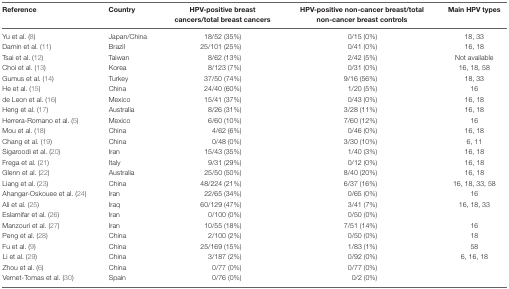
<table><thead><tr><td><b>Reference</b></td><td><b>Country</b></td><td><b>HPV-positive breast cancers/total breast cancers</b></td><td><b>HPV-positive non-cancer breast/total non-cancer breast controls</b></td><td><b>Main HPV types</b></td></tr></thead><tbody><tr><td>Yu et al. (8)</td><td>Japan/China</td><td>18/52 (35%)</td><td>0/15 (0%)</td><td>18, 33</td></tr><tr><td>Damin et al. (11)</td><td>Brazil</td><td>25/101 (25%)</td><td>0/41 (0%)</td><td>16, 18</td></tr><tr><td>Tsai et al. (12)</td><td>Taiwan</td><td>8/62 (13%)</td><td>2/42 (5%)</td><td>Not available</td></tr><tr><td>Choi et al. (13)</td><td>Korea</td><td>8/123 (7%)</td><td>0/31 (0%)</td><td>16, 18, 58</td></tr><tr><td>Gumus et al. (14)</td><td>Turkey</td><td>37/50 (74%)</td><td>9/16 (56%)</td><td>18, 33</td></tr><tr><td>He et al. (15)</td><td>China</td><td>24/40 (60%)</td><td>1/20 (5%)</td><td>16</td></tr><tr><td>de Leon et al. (16)</td><td>Mexico</td><td>15/41 (37%)</td><td>0/43 (0%)</td><td>16, 18</td></tr><tr><td>Heng et al. (17)</td><td>Australia</td><td>8/26 (31%)</td><td>3/28 (11%)</td><td>16, 18</td></tr><tr><td>Herrera-Romano et al. (5)</td><td>Mexico</td><td>6/60 (10%)</td><td>7/60 (12%)</td><td>16</td></tr><tr><td>Mou et al. (18)</td><td>China</td><td>4/62 (6%)</td><td>0/46 (0%)</td><td>16, 18</td></tr><tr><td>Chang et al. (19)</td><td>China</td><td>0/48 (0%)</td><td>3/30 (10%)</td><td>6, 11</td></tr><tr><td>Sigaroodi et al. (20)</td><td>Iran</td><td>15/43 (35%)</td><td>1/40 (3%)</td><td>16, 18</td></tr><tr><td>Frega et al. (21)</td><td>Italy</td><td>9/31 (29%)</td><td>0/12 (0%)</td><td>16, 18</td></tr><tr><td>Glenn et al. (22)</td><td>Australia</td><td>25/50 (50%)</td><td>8/40 (20%)</td><td>16, 18</td></tr><tr><td>Liang et al. (23)</td><td>China</td><td>48/224 (21%)</td><td>6/37 (16%)</td><td>16, 18, 33, 58</td></tr><tr><td>Ahangar-Oskouee et al. (24)</td><td>Iran</td><td>22/65 (34%)</td><td>0/65 (0%)</td><td>16</td></tr><tr><td>Ali et al. (25)</td><td>Iraq</td><td>60/129 (47%)</td><td>3/41 (7%)</td><td>16, 18, 33</td></tr><tr><td>Eslamifar et al. (26)</td><td>Iran</td><td>0/100 (0%)</td><td>0/50 (0%)</td><td></td></tr><tr><td>Manzouri et al. (27)</td><td>Iran</td><td>10/55 (18%)</td><td>7/51 (14%)</td><td>16</td></tr><tr><td>Peng et al. (28)</td><td>China</td><td>2/100 (2%)</td><td>0/50 (0%)</td><td>18</td></tr><tr><td>Fu et al. (9)</td><td>China</td><td>25/169 (15%)</td><td>1/83 (1%)</td><td>58</td></tr><tr><td>Li et al. (29)</td><td>China</td><td>3/187 (2%)</td><td>0/92 (0%)</td><td>6, 16, 18</td></tr><tr><td>Zhou et al. (6)</td><td>China</td><td>0/77 (0%)</td><td>0/77 (0%)</td><td></td></tr><tr><td>Vernet-Tomas et al. (30)</td><td>Spain</td><td>0/76 (0%)</td><td>0/2 (0%)</td><td></td></tr></tbody></table>